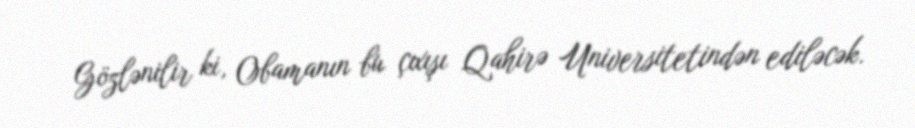
Gözlənilir ki, Obamanın bu çıxışı Qahirə Universitetindən ediləcək.